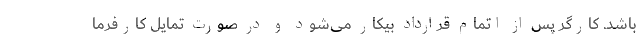
باشد. کارگر پس از اتمام قرارداد بیکار می‌شود و در صورت تمایل کارفرما